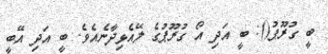
ބީ ގުރޫޕު(): ބީ އަދި އޯ ގުރޫޕުގެ ލޭއެޅިދާނެއެވެ. ބީ އަދި އޭބީ